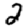
Digit: 2